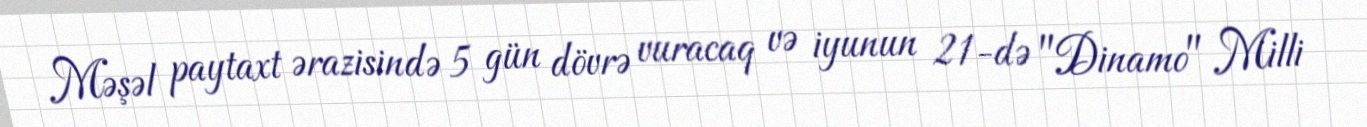
Məşəl paytaxt ərazisində 5 gün dövrə vuracaq və iyunun 21-də "Dinamo" Milli